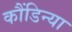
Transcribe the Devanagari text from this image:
कौंडिन्या